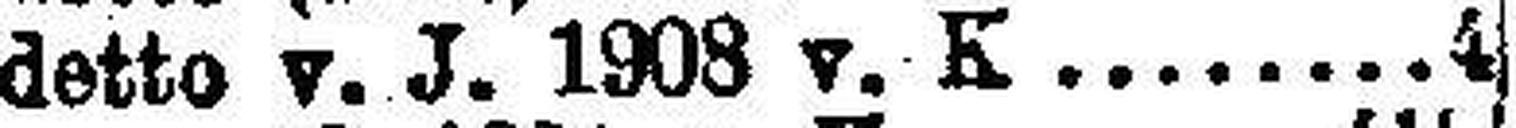
detto v. J. 1908 v. K 4